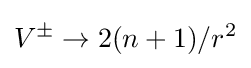
V^{\pm }\rightarrow 2(n+1)/r^{2}